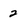
Character: 2